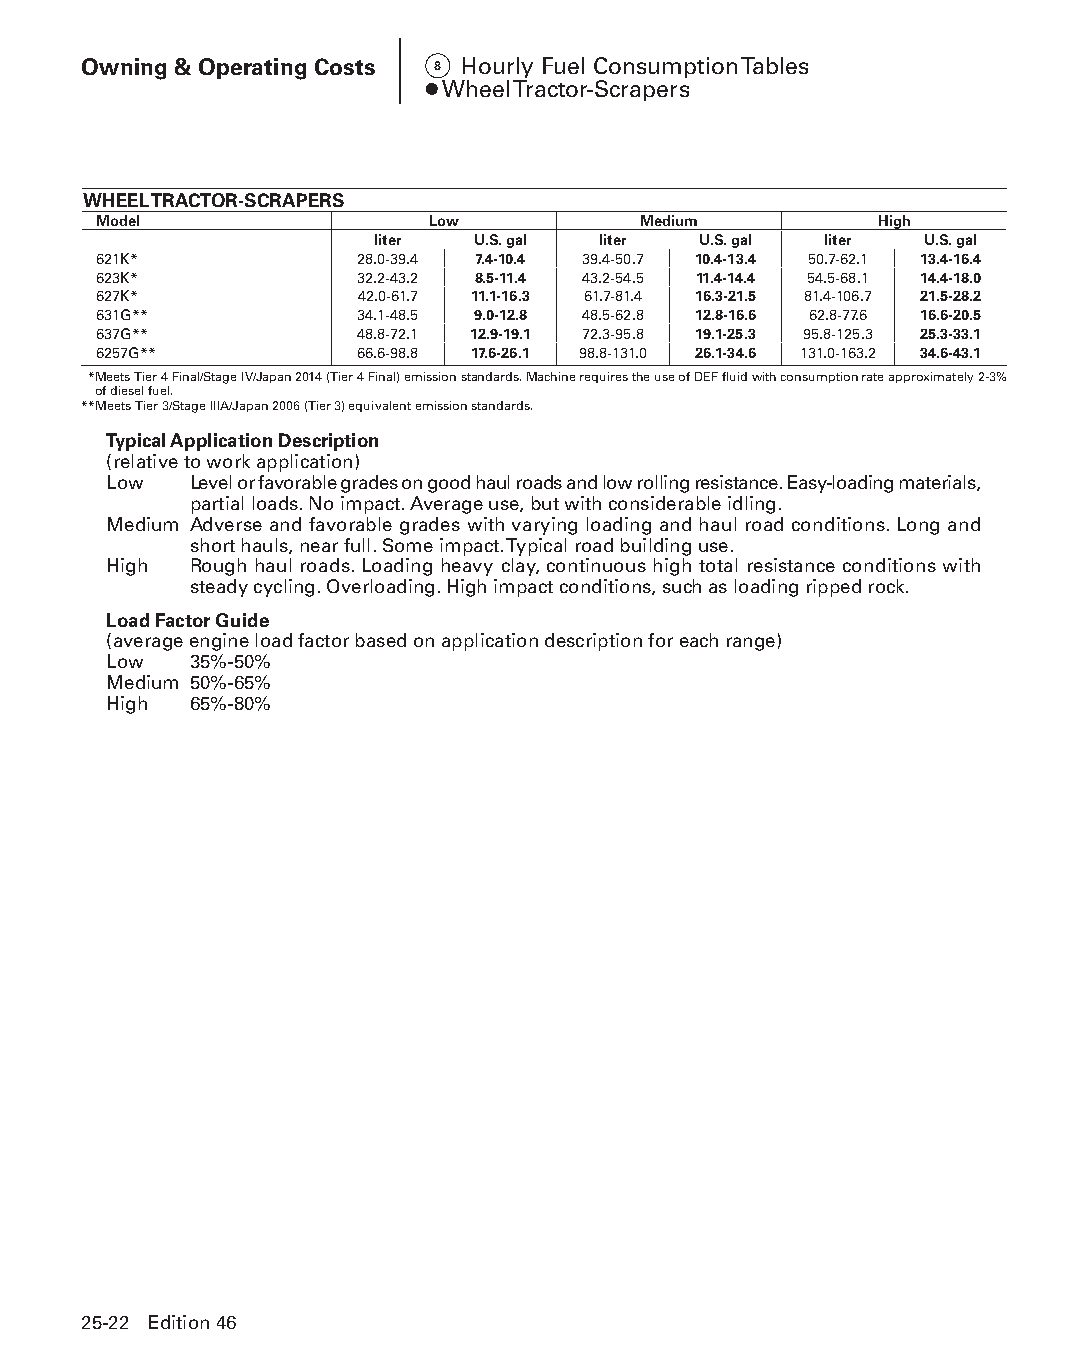
Owning & Operating Costs 8 Hourly Fuel Consumption Tables
 ● Wheel Tractor-Scrapers
 WHEEL TRACTOR-SCRAPERS
 Model                 Low           Medium         High
 liter  U.S. gal liter U.S. gal liter U.S. gal
 621K*            28.0-39.4 7.4-10.4 39.4-50.7 10.4-13.4 50.7-62.1 13.4-16.4
 623K*            32.2-43.2 8.5-11.4 43.2-54.5 11.4-14.4 54.5-68.1 14.4-18.0
 627K*            42.0-61.7 11.1-16.3 61.7-81.4 16.3-21.5 81.4-106.7 21.5-28.2
 631G**           34.1-48.5 9.0-12.8 48.5-62.8 12.8-16.6 62.8-77.6 16.6-20.5
 637G**           48.8-72.1 12.9-19.1 72.3-95.8 19.1-25.3 95.8-125.3 25.3-33.1
 6257G**          66.6-98.8 17.6-26.1 98.8-131.0 26.1-34.6 131.0-163.2 34.6-43.1
 * Meets Tier 4 Final/Stage IV/Japan 2014 (Tier 4 Final) emission standards. Machine requires the use of DEF fluid with consumption rate approximately 2-3%
 of diesel fuel.
 **Meets Tier 3/Stage IIIA/Japan 2006 (Tier 3) equivalent emission standards.
 Typical Application Description
 (relative to work application)
 Low   L evel or favorable grades on good haul roads and low rolling resistance. Easy-loading materials,
 partial loads. No impact. Average use, but with considerable idling.
 Medium A dverse and favorable grades with varying loading and haul road conditions. Long and
 short hauls, near full. Some impact. Typical road building use.
 High  R ough haul roads. Loading heavy clay, continuous high total resistance conditions with
 steady cycling. Overloading. High impact conditions, such as loading ripped rock.
 Load Factor Guide
 (average engine load factor based on application description for each range)
 Low   35%-50%
 Medium 50%-65%
 High  65%-80%
 25-22 Edition 46
 PPHHBB--SSeecc2255--1166..iinndddd 2222                        1122//44//1155 1111::1166 AAMM